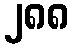
၂၈၈